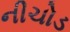
નીચોડ